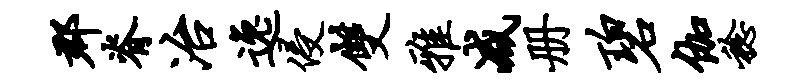
郡脊冶逸侵双雅减册碧伽稔